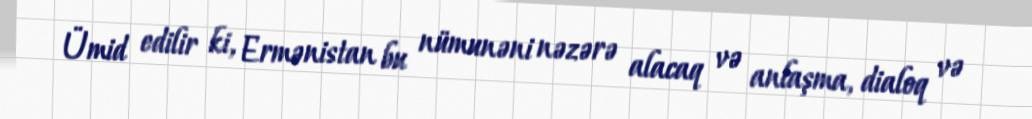
Ümid edilir ki, Ermənistan bu nümunəni nəzərə alacaq və anlaşma, dialoq və